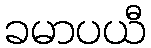
ခမာပယီ